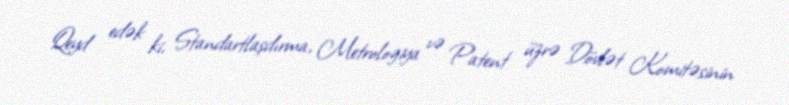
Qeyd edək ki, Standartlaşdırma, Metrologiya və Patent üzrə Dövlət Komitəsinin